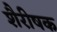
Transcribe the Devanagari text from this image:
शैरीषक